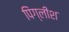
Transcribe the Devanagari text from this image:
पिंग्लीश